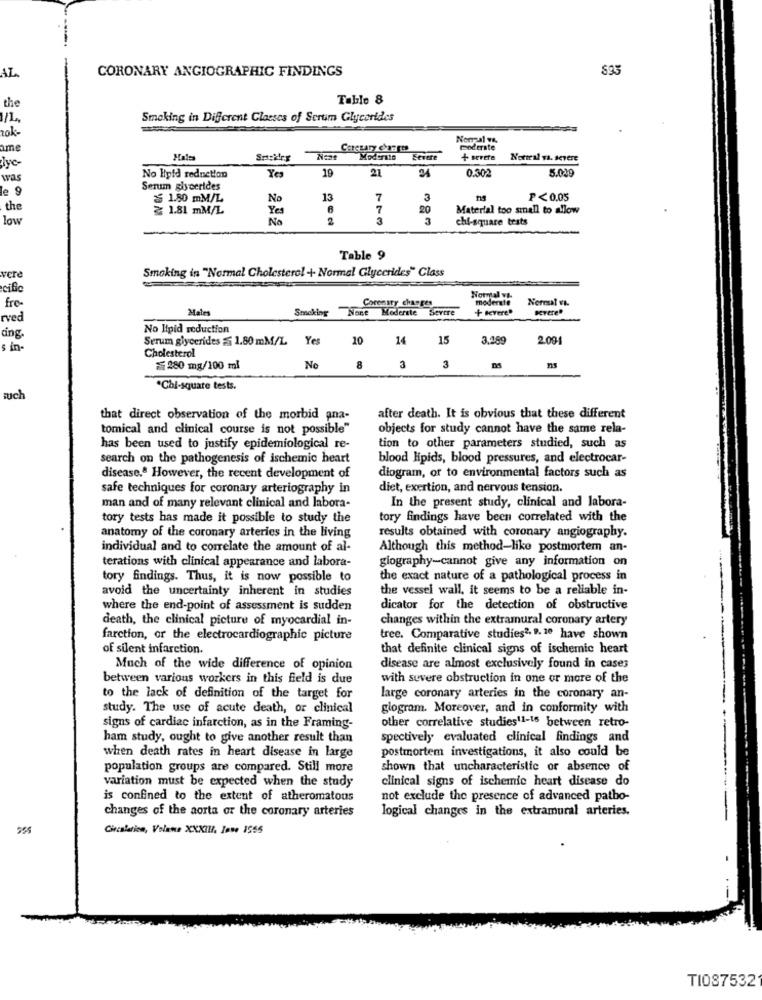
CORONARY ANGIOGRAPHIC FINDINGS
AL
the
Tablo 8
Smoking in Different Classes of Sertim Glycerides
Normal y&
ame
Coreuary charges
moderate
N:se
Moderate
Severe
+ serere
Norral va. severe
Jyc-
19
21
24
0.302
was
No Hpid reduction
Yes
5.029
le 9
Serum glycerides
≤ 1.80 mM/L
No
13
7
3
P<0.05
the
1.81 mM/L
Yes
7
20
Material too small to allow
low
No
2
3
3
chi-square tests
Table 9
Smoking in "Normal Cholesterol -+- Normal Glycerides" Class
vere
cific
fre -
Coronary changes
Norrul v&
moderate
Neresal va.
Males
Smoking None Moderste Severe
+ levere"
Ivere"
rved
ding.
No Ipid reduction
Serum glycerides ≤ 1.80 mM/L
Yes
20
14
15
3,08€
2.09
s in-
Cholesterol
≤280 mg/100 ml
No
8
3
3
*Chi-square tests.
such
that direct observation of the morbid ana-
after death. It is obvious that these different
tomical and clinical course is not possible"
objects for study cannot have the same rela-
tion to other parameters studied, such as
has been used to justify epidemiological re-
search on the pathogenesis of ischemic heart
blood lipids, blood pressures, and electrocar-
disease.º However, the recent development of
diogram, or to environmental factors such as
safe techniques for coronary arteriography in
diet, exertion, and nervous tension.
In the present study, clinical and labora-
man and of many relevant clinical and labora-
tory tests has made it possible to study the
tory findings have been correlated with the
anatomy of the coronary arteries in the living
results obtained with coronary angiography.
individual and to correlate the amount of al-
Although this method-like postmortem an-
giography-cannot give any information on
terations with clinical appearance and labora-
tory findings. Thus, it is now possible to
the exact nature of a pathological process in
avoid the uncertainty inherent in studies
the vessel wall, it seems to be a reliable in-
where the end-point of assessment is sudden
dicator for the detection of obstructive
death, the clinical picture of myocardial in-
changes within the extramural coronary artery
farction, or the electrocardiogramicture
tree. Comparative studies2, 9, 10 have shown
of silent infarction.
that definite clinical signs of ischemic heart
Much of the wide difference of opinion
disease are almost exclusively found in cases
between various workers in this field is due
with severe obstruction in one or more of the
to the lack of definition of the target for
large coronary arteries in the coronary an-
study. The use of acute death, or clinical
glogram. Moreover, and in conformity with
signs of cardiac infarction, as in the Framing-
other correlative studies11-16 between retro-
ham study, ought to give another result than
spectively evaluated clinical findings and
postmortem investigations, it also could be
when death rates in heart disease in large
population groups are compared. Still more
shown that uncharacteristic or absence of
variation must be expected when the study
clinical signs of ischemic heart disease do
is confined to the extent of atheromatous
not exclude the presence of advanced patho-
changes of the aorta or the coronary arteries
logical changes in the extramural arteries.
555
Circulation, Velane XXXIII. Iome 1555
T1087532